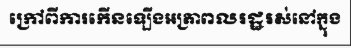
ក្រៅពីការកើនឡើងអត្រាពលរដ្ឋរស់នៅក្នុង